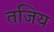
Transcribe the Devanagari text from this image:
तजिय